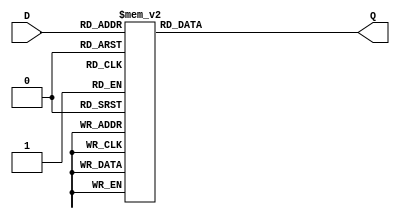
module seg7 #(parameter DELAY_RISE = 1, DELAY_FALL = 1)
(
    input [3:0] D,
    output reg [6:0] Q
);

always @(*)
begin
    case (D)
        4'b0000 : Q <= 7'b0111111; // 0
        4'b0001 : Q <= 7'b0000110; // 1
        4'b0010 : Q <= 7'b1011011; // 2
        4'b0011 : Q <= 7'b1001111; // 3
        4'b0100 : Q <= 7'b1100110; // 4
        4'b0101 : Q <= 7'b1101101; // 5
        4'b0110 : Q <= 7'b1111101; // 6
        4'b0111 : Q <= 7'b0000111; // 7
        4'b1000 : Q <= 7'b1111111; // 8
        4'b1001 : Q <= 7'b1101111; // 9

        // 4'b1010 : Q <= 7'b1110111; // A 
        // 4'b1011 : Q <= 7'b1111100; // B
        // 4'b1100 : Q <= 7'b1111001; // C
        // 4'b1101 : Q <= 7'10111110; // D
        // 4'b1110 : Q <= 7'b1111001; // E
        // 4'b1111 : Q <= 7'b1110001; // F
        
        default : Q <= 7'b1000000; // -
    endcase
end
endmodule

/*
        gfedcba
Q <= 7'b0000000;

  * * A * *
*           *
*           *
F           B
*           *
*           *
  * * G * * 
*           *
*           *
E           C
*           *
*           *
  * * D * *    *(DP)
DP not implemented
*/